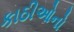
કાઠીઓનો